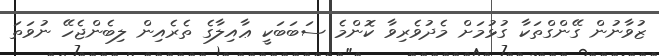
ޒުވާނުން ގޭންގްތަކާ ގުޅުމަށް މެދުވެރިވާ ކޮންމެ ސަބަބަކީ ޢާއިލާގެ ތެރެއިން ލިބެންޖެހޭ ނުވަތަ